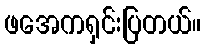
ဖအေကရှင်းပြတယ်။